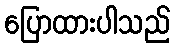
ပြောထားပါသည်